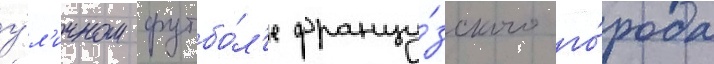
у́л'ичном футбо́л'е францу́зского го́рода